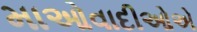
માઓવાદીઓએ